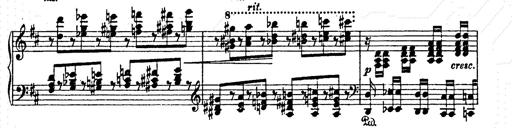
Title: AnnÃ©es de pÃ¨lerinage II
Composer: Franz Liszt